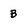
Character: B